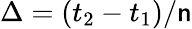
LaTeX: \Delta=\left(t_{2}-t_{1}\right)/\mathsf{n}